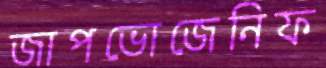
জাপভোজেনিফ